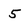
Character: 5